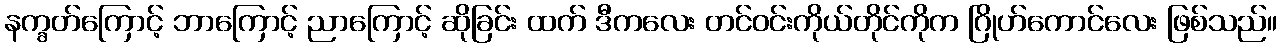
နက္ခတ်ကြောင့် ဘာကြောင့် ညာကြောင့် ဆိုခြင်း ထက် ဒီကလေး တင်ဝင်းကိုယ်တိုင်ကိုက ဂြိုဟ်ကောင်လေး ဖြစ်သည်။